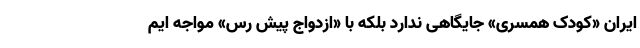
ایران «کودک همسری» جایگاهی ندارد بلکه با «ازدواج پیش رس» مواجه ایم